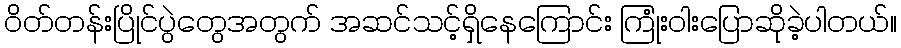
ဝိတ်တန်းပြိုင်ပွဲတွေအတွက် အဆင်သင့်ရှိနေကြောင်း ကြုံးဝါးပြောဆိုခဲ့ပါတယ်။